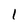
Character: l